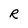
Character: R